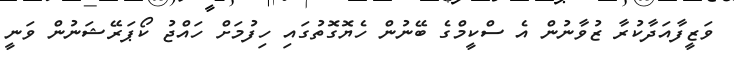
ވަޒީފާއަދާކުރާ ޒުވާނުން އެ ސްކީމްގެ ބޭނުން ހެޔޮގޮތުގައި ހިފުމަށް ހައްޖު ކޯޕަރޭޝަނުން ވަނީ